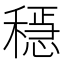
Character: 𥡷